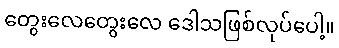
တွေးလေတွေးလေ ဒေါသဖြစ်လုပ်ပေါ့။